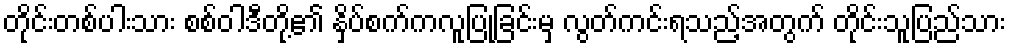
တိုင်းတစ်ပါးသား စစ်ဝါဒီတို့၏ နှိပ်စက်ကလူပြုခြင်းမှ လွတ်ကင်းရသည့်အတွက် တိုင်းသူပြည်သား